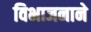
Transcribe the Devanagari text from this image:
विभाजनाने